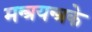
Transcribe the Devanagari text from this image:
मन्त्रयन्त्रके